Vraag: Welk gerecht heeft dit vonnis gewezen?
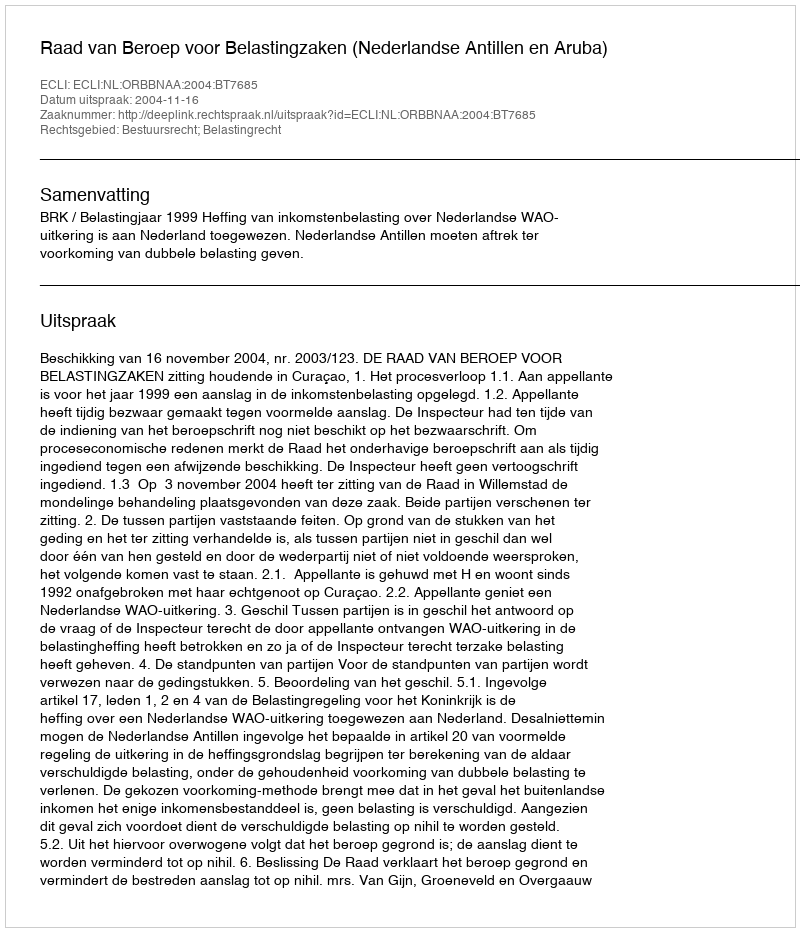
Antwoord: Raad van Beroep voor Belastingzaken (Nederlandse Antillen en Aruba)